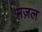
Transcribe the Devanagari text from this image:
मज़ल